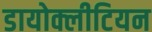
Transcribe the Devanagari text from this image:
डायोक्लीटियन